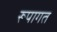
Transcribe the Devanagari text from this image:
रूपागत